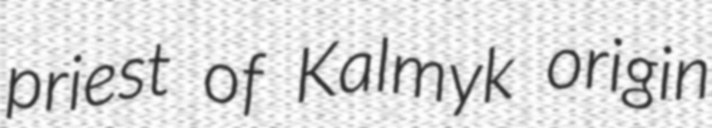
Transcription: priest of Kalmyk origin